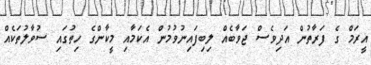
އީރަމް ގެ ފަރާތުން އަދިވެސް ޖަވާބެއް ލިބިފައިނުވުމުން އެކަމާއި މީކާންގެ ހިތުގައި ސުވާލުތަކެއް